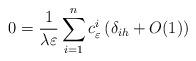
LaTeX: \begin{align*}0=\frac{1}{\lambda\varepsilon}\sum_{i=1}^{n}c_{\varepsilon}^{i}\left(\delta_{ih}+O(1)\right)\end{align*}